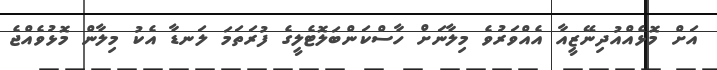
އަށް މޮޅެއްއުދިނޭޒީއާ އެއްވަރުވެ މިލާނަށް ހާސްކަންބަލޮޓެލީގެ ފުރަތަމަ ލަނޑާ އެކު މިލާން މޮޅުވެއްޖެ